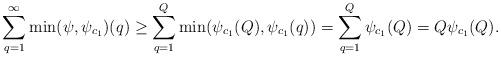
LaTeX: \begin{align*}\sum_{q = 1}^\infty \min(\psi,\psi_{c_1})(q) \geq \sum_{q = 1}^Q \min(\psi_{c_1}(Q),\psi_{c_1}(q)) = \sum_{q = 1}^Q \psi_{c_1}(Q) = Q \psi_{c_1}(Q).\end{align*}